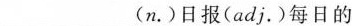
___(n.)日报(adj.)每日的